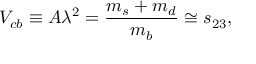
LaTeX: V _ { c b } \equiv A \lambda ^ { 2 } = { \frac { m _ { s } + m _ { d } } { m _ { b } } } \cong s _ { 2 3 } ,